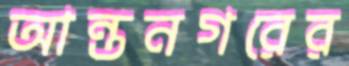
আন্তনগরের